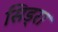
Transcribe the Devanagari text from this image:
सिड्रा